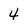
Character: 4